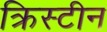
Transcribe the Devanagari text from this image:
क्रिस्‍टीन